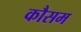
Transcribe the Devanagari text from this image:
कौसम